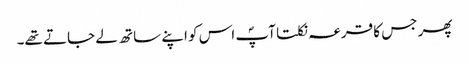
پھر جس کا قرعہ نکلتا آپؐ اس کو اپنے ساتھ لے جاتے تھے۔